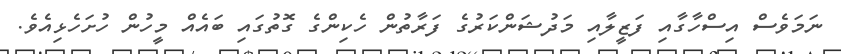
ނަމަވެސް އިސްހާގާއި ފަޒީލާއި މަދުޝަންކަރުގެ ފަރާތުން ހެކިންގެ ގޮތުގައި ބައެއް މީހުން ހުށަހެޅިއެވެ.